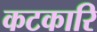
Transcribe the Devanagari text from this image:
कटकारि